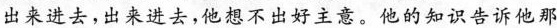
出来进去，出来进去，他想不出好主意。他的知识告诉他那